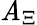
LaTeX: \mathit{A}_{\Xi}